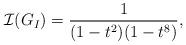
LaTeX: \begin{align*}\mathcal{I}(G_{I}) = \frac{1}{(1-t^2)(1-t^8)},\end{align*}